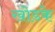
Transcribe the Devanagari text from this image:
खोडके